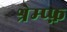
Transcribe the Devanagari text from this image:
श्रेम्प्फ़